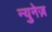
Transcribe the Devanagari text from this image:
न्युनेज़